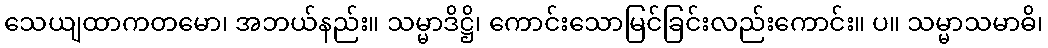
သေယျထာကတမော၊ အဘယ်နည်း။ သမ္မာဒိဋ္ဌိ၊ ကောင်းသောမြင်ခြင်းလည်းကောင်း။ ပ။ သမ္မာသမာဓိ၊